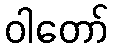
ဝါတော်